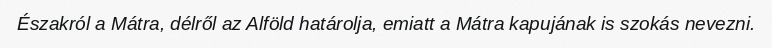
Északról a Mátra, délről az Alföld határolja, emiatt a Mátra kapujának is szokás nevezni.